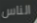
الناس